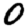
Digit: 0